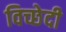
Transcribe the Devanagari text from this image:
विच्छेदी